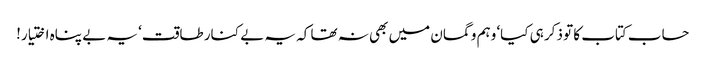
حساب کتاب کا تو ذکر ہی کیا‘ وہم و گمان میں بھی نہ تھا کہ یہ بے کنار طاقت‘ یہ بے پناہ اختیار!